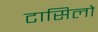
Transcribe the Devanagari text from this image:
टासिलो